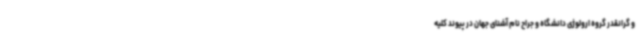
و گرانقدر گروه ارولوژی دانشگاه و جراح نام آشنای جهان در پیوند کلیه